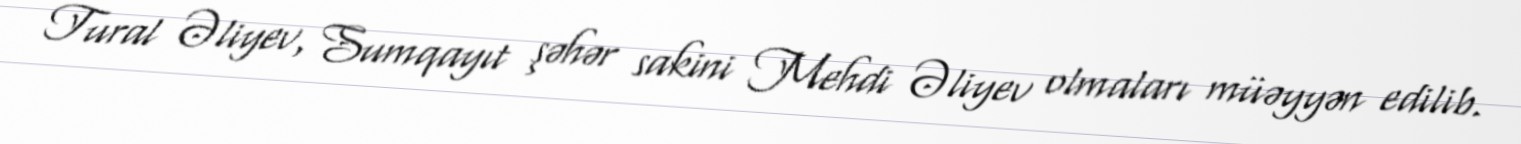
Tural Əliyev, Sumqayıt şəhər sakini Mehdi Əliyev olmaları müəyyən edilib.